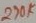
Text: 270K